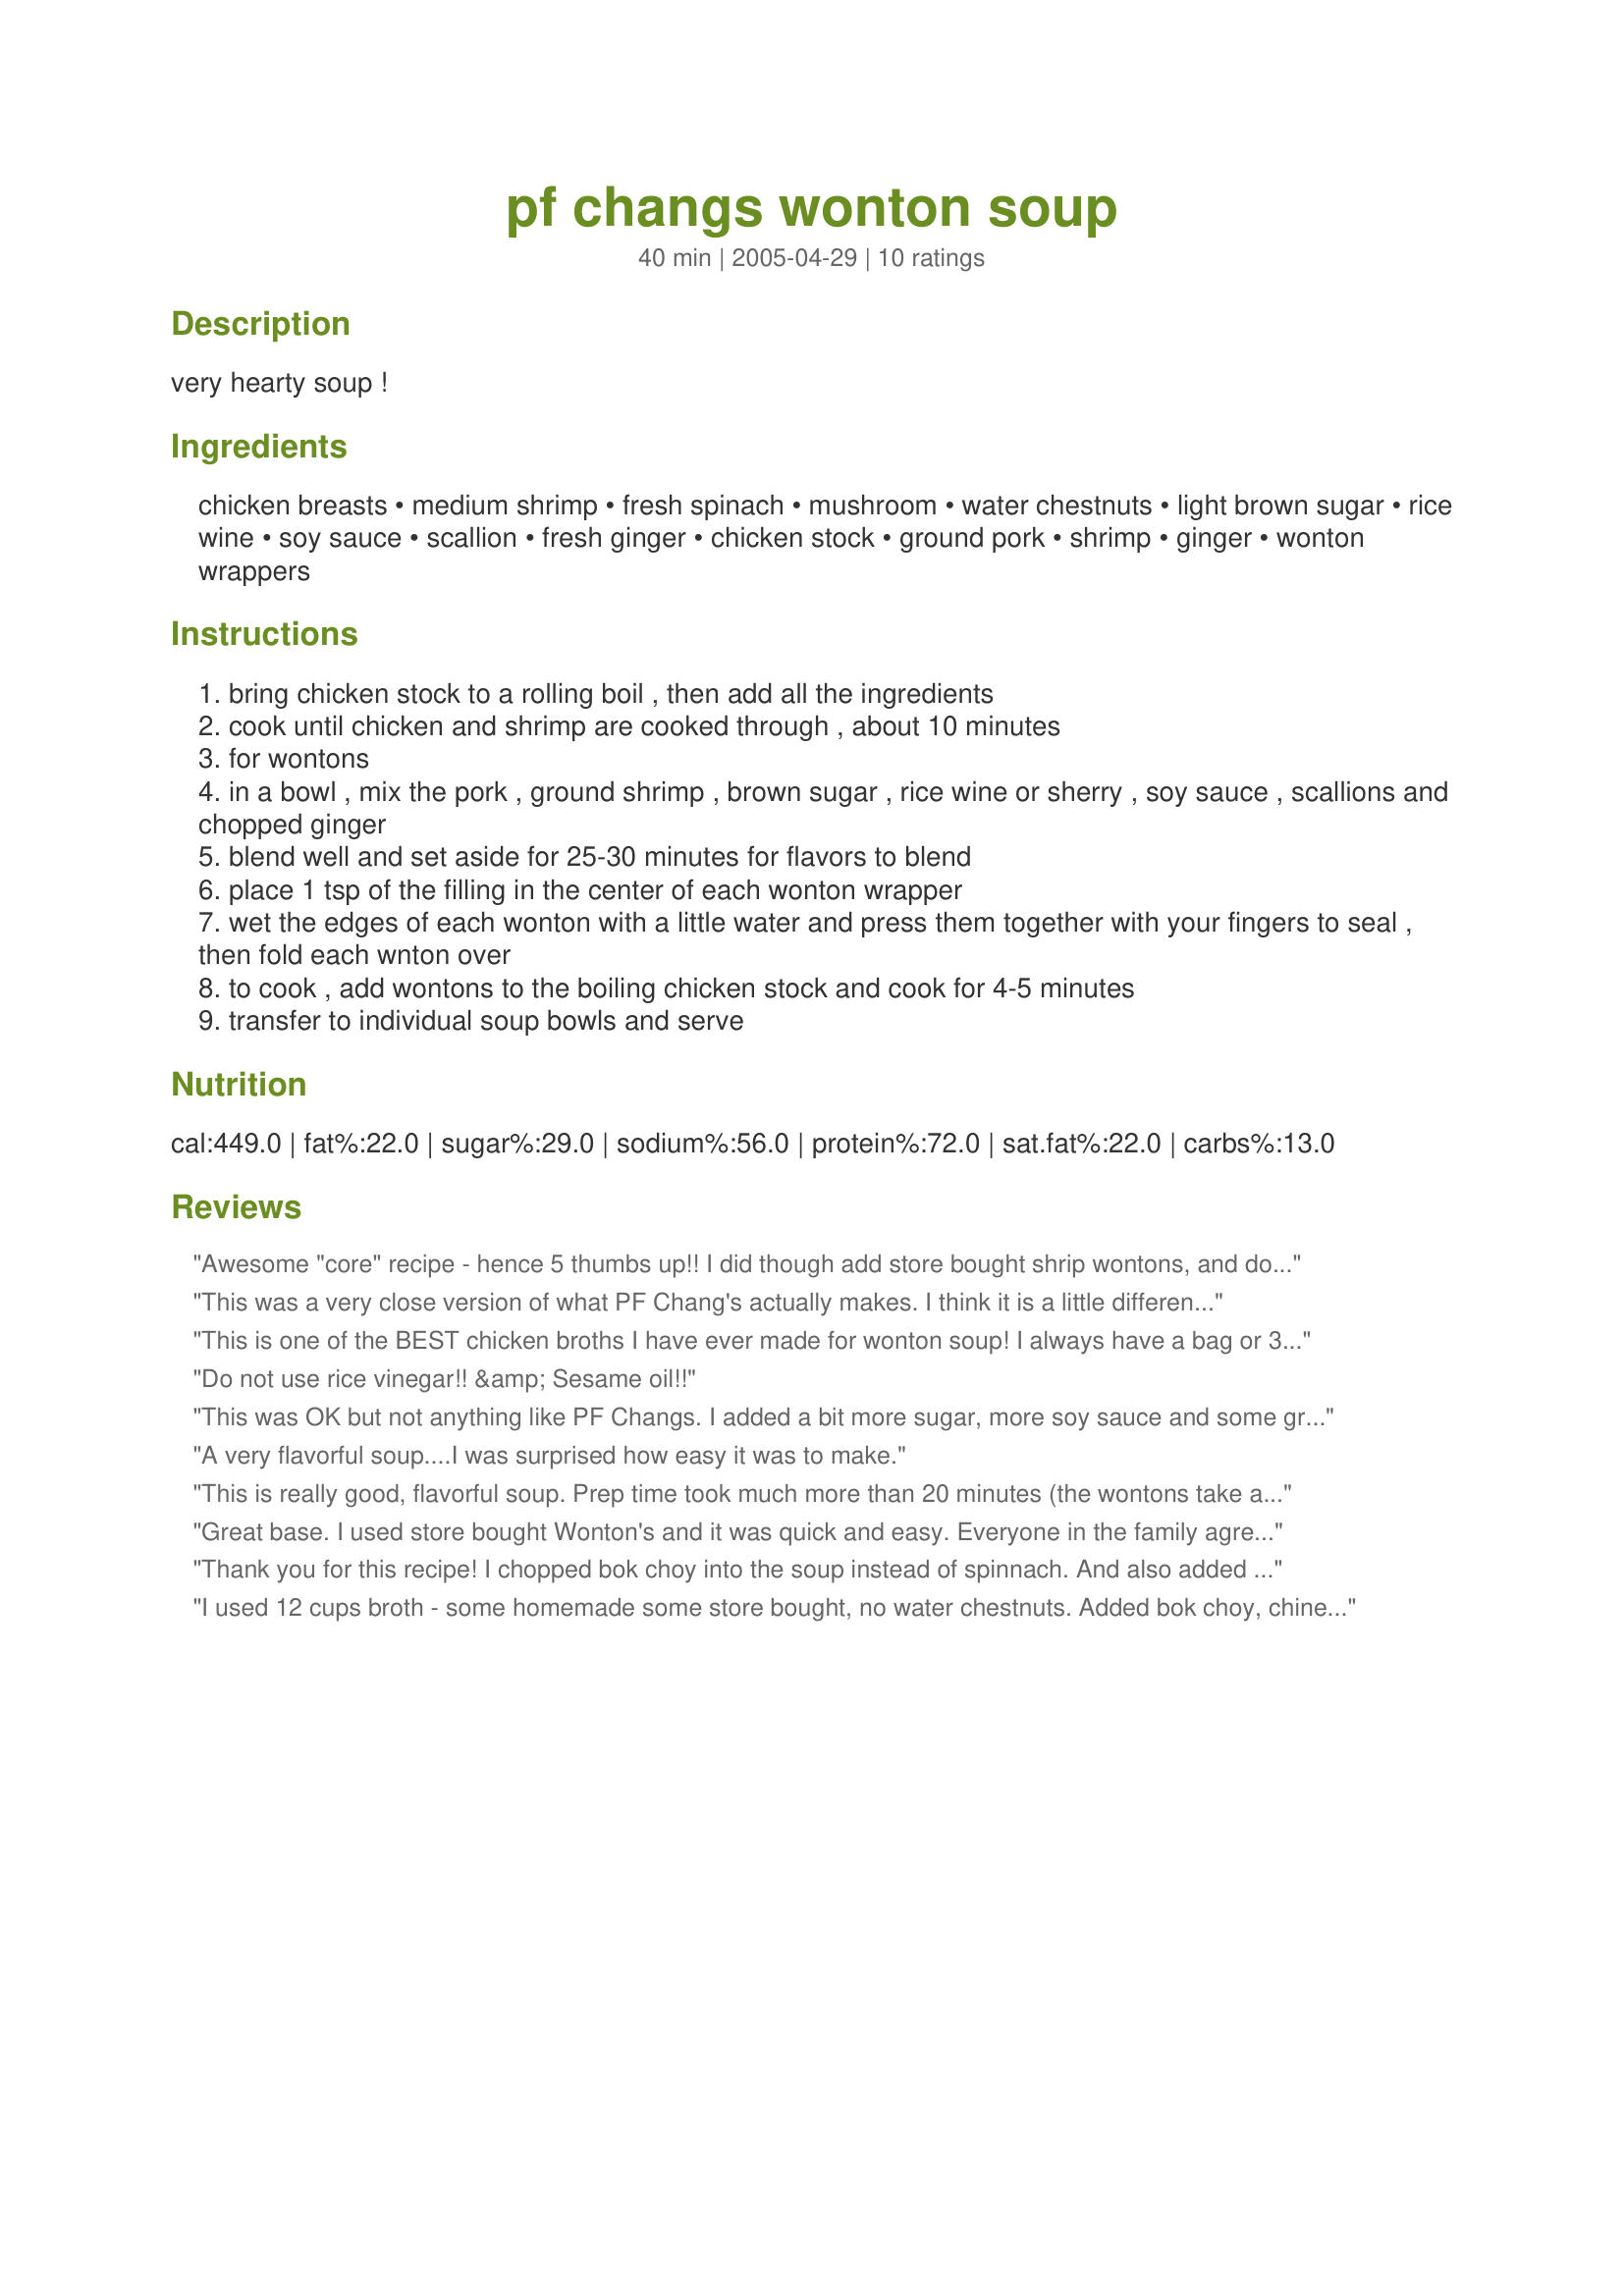
pf changs wonton soup
Preparation time: 40 minutes

very hearty soup !

Ingredients:
chicken breasts, medium shrimp, fresh spinach, mushroom, water chestnuts, light brown sugar, rice wine, soy sauce, scallion, fresh ginger, chicken stock, ground pork, shrimp, ginger, wonton wrappers

Steps:
bring chicken stock to a rolling boil , then add all the ingredients
cook until chicken and shrimp are cooked through , about 10 minutes
for wontons
in a bowl , mix the pork , ground shrimp , brown sugar , rice wine or sherry , soy sauce , scallions and chopped ginger
blend well and set aside for 25-30 minutes for flavors to blend
place 1 tsp of the filling in the center of each wonton wrapper
wet the edges of each wonton with a little water and press them together with your fingers to seal , then fold each wnton over
to cook , add wontons to the boiling chicken stock and cook for 4-5 minutes
transfer to individual soup bowls and serve

Reviews:
Awesome "core" recipe - hence 5 thumbs up!! I did though add store bought shrip wontons, and doubled up on the vegetables, including broccoli, cauliflower, bean sprouts, carrots, and a final throw in of 1/4 inch roasted garlic beef slices. This was better than the "good buddy" restaurant proclaimed by my kids!!
Thanks for sharing this recipe!
This was a very close version of what PF Chang's actually makes. I think it is a little different but it's still delicious.
This is one of the BEST chicken broths I have ever made for wonton soup! I always have a bag or 3 of homemade potstickers in the freezer (my kids are addicted to my potstickers) and they are basically the same as wontons, right? So I always have an easy 'wonton' soup meal ready-to-go, any time. So yes, I just used the broth recipe you posted, but wanted to make sure I let you and the zaarites know I think it is one of the best! (also to let folks know who might not: rice wine = sake, just in case some have a problem finding it)

Thanks for the post! I have perused some of your other recipes and it looks like I'll be spending some time making alot of them, seems you guys have the same tastes as us. Cheers.. - steve
Do not use rice vinegar!! &amp; Sesame oil!!
This was OK but not anything like PF Changs. I added a bit more sugar, more soy sauce and some ground thai peppers to add some spice since it came out very shrimp tasting.
A very flavorful soup....I was surprised how easy it was to make.
This is really good, flavorful soup. Prep time took much more than 20 minutes (the wontons take a long time!), but the soup was delicious. The only changes I made were to use bok choy instead of spinach and ground chicken for the pork. Leftovers don't hold up too well as the wontons tend to fall apart. I really enjoyed this soup though, thanks for posting!
Great base. I used store bought Wonton's and it was quick and easy. Everyone in the family agreed this recipe is a keeper.
Thank you for this recipe! I chopped bok choy into the soup instead of spinnach. And also added some into the wontons. Next time, I think I might add some mushroom sauce to the wontons, too. The amount of wontons it made was more than enough to allow three or four per bowl full. I did not add the shrimp for financial reasons, but I think it turned out wonderful without! I didn't want to buy ground pork either, but I had some pork tenderloin in the freezer that I just cut into tiny tiny pieces. Worked just as well. Lots of left overs!
I used 12 cups broth - some homemade some store bought, no water chestnuts. Added bok choy, chinese cabbage, broccoli, carrots, snow peas and noodles. We did the wonton recipe and the one from 318453 which had some five spice powder. I was trying to replicate some hearty special chinese soups we have had in restaurants and it was darn close.
